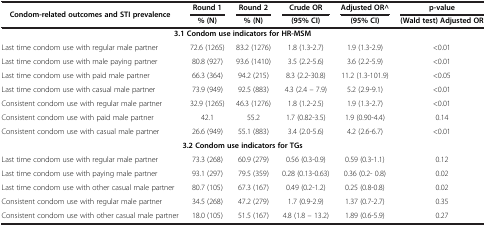
| <ROWSPAN=2> Condom-related outcomes and STI prevalence | Round 1 | Round 2 | Crude OR | Adjusted OR^ | p-value |
 | % (N) | % (N) | (95% CI) | (95% CI) | (Wald test) Adjusted OR |
 | --- | --- | --- | --- | --- | --- |
 | <COLSPAN=6> 3.1 Condom use indicators for HR-MSM |
 | Last time condom use with regular male partner | 72.6 (1265) | 83.2 (1276) | 1.8 (1.3-2.7) | 1.9 (1.3-2.9) | <0.01 |
 | Last time condom use with male paying partner | 80.8 (927) | 93.6 (1410) | 3.5 (2.2-5.6) | 3.6 (2.2-5.9) | <0.01 |
 | Last time condom use with paid male partner | 66.3 (364) | 94.2 (215) | 8.3 (2.2-30.8) | 11.2 (1.3-101.9) | <0.05 |
 | Last time condom use with casual male partner | 73.9 (949) | 92.5 (883) | 4.3 (2.4 – 7.9) | 5.2 (2.9-9.1) | <0.01 |
 | Consistent condom use with regular male partner | 32.9 (1265) | 46.3 (1276) | 1.8 (1.2-2.5) | 1.9 (1.3-2.7) | <0.01 |
 | Consistent condom use with paid male partner | 42.1 | 55.2 | 1.7 (0.82-3.5) | 1.9 (0.90-4.4) | 0.14 |
 | Consistent condom use with casual male partner | 26.6 (949) | 55.1 (883) | 3.4 (2.0-5.6) | 4.2 (2.6-6.7) | <0.01 |
 | <COLSPAN=6> 3.2 Condom use indicators for TGs |
 | Last time condom use with regular male partner | 73.3 (268) | 60.9 (279) | 0.56 (0.3-0.9) | 0.59 (0.3-1.1) | 0.12 |
 | Last time condom use with paying male partner | 93.1 (297) | 79.5 (359) | 0.28 (0.13-0.63) | 0.36 (0.2- 0.8) | 0.02 |
 | Last time condom use with other casual male partner | 80.7 (105) | 67.3 (167) | 0.49 (0.2-1.2) | 0.25 (0.8-0.8) | 0.02 |
 | Consistent condom use with regular male partner | 34.5 (268) | 47.2 (279) | 1.7 (0.9-2.9) | 1.37 (0.7-2.7) | 0.35 |
 | Consistent condom use with other casual male partner | 18.0 (105) | 51.5 (167) | 4.8 (1.8 – 13.2) | 1.89 (0.6-5.9) | 0.27 |